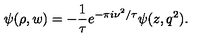
\psi ( \rho , w ) = - { \frac { 1 } { \tau } } e ^ { - \pi i \nu ^ { 2 } / \tau } \psi ( z , q ^ { 2 } ) .